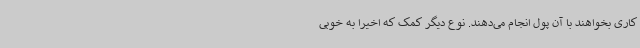
کاری بخواهند با آن پول انجام می‌دهند. نوع دیگر کمک که اخیرا به خوبی